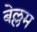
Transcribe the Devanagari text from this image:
बेल्लम